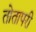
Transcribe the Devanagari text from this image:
तोतापरी